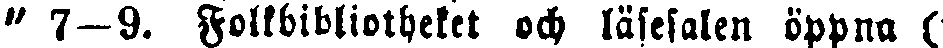
" 7—9. Folkbibliotheket och läsesalen öppna (